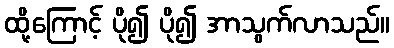
ထို့ကြောင့် ပို၍ ပို၍ အာသွက်လာသည်။